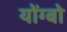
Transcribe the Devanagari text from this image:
योंग्बो